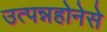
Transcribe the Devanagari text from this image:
उत्पन्नहोनेसे